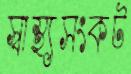
স্বাস্থ্যসংকট